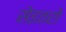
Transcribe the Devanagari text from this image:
सेइतरो